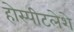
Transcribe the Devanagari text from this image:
होस्पीटलेशे